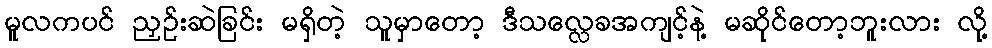
မူလကပင် ညှဉ်းဆဲခြင်း မရှိတဲ့ သူမှာတော့ ဒီသလ္လေခအကျင့်နဲ့ မဆိုင်တော့ဘူးလား လို့